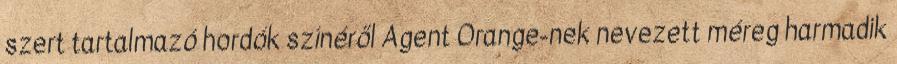
szert tartalmazó hordók színéről Agent Orange-nek nevezett méreg harmadik